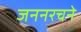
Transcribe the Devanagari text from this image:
जननरचने